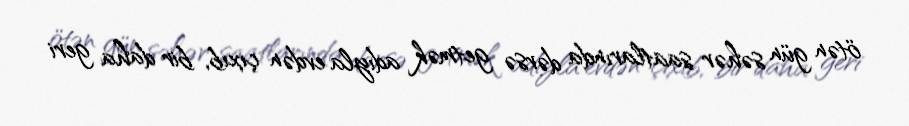
ötən gün səhər saatlarında dərsə getmək adıyla evdən çıxıb, bir daha geri